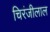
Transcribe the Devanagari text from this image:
चिरंजीलाल